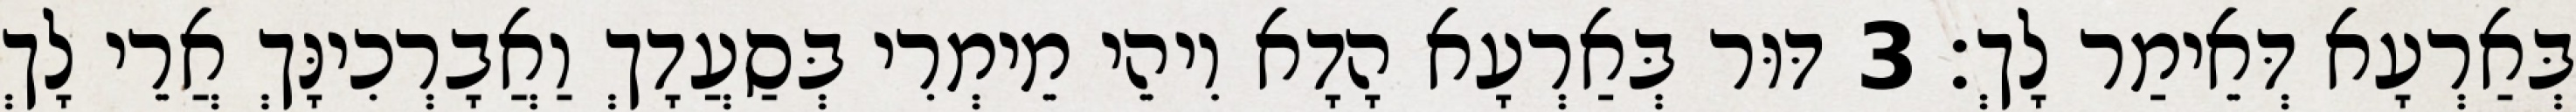
בְּאַרְעָא דְּאֵימַר לָךְ׃ 3 דּוּר בְּאַרְעָא הָדָא וִיהֵי מֵימְרִי בְּסַעֲדָךְ וַאֲבָרְכִינָּךְ אֲרֵי לָךְ